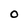
Character: O